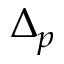
\Delta _ { p }